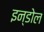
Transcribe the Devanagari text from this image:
इन्डोल